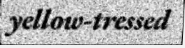
yellow-tressed